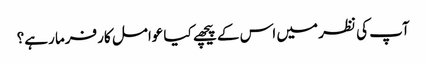
آپ کی نظر میں اس کے پیچھے کیا عوامل کارفرما رہے؟